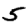
Digit: 5